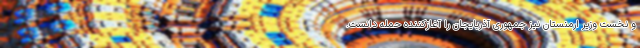
و نخست وزیر ارمنستان نیز جمهوری آذربایجان را آغازکننده حمله دانست.